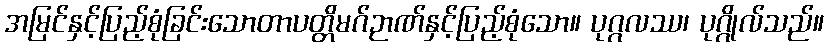
အမြင်နှင့်ပြည့်စုံခြင်းသောတာပတ္တိမဂ်ဉာဏ်နှင့်ပြည့်စုံသော။ ပုဂ္ဂလဿ၊ ပုဂ္ဂိုလ်သည်။